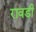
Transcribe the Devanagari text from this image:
रावडी